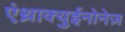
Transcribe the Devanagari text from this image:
एंथ्राक्युईनोनेज़